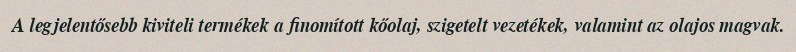
A legjelentősebb kiviteli termékek a finomított kőolaj, szigetelt vezetékek, valamint az olajos magvak.